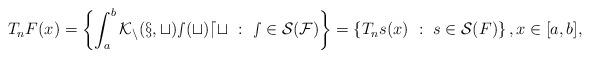
LaTeX: \begin{align*} T_nF (x) = \left \{ \int_{a}^{b} \cal K_n(x,t) s(t) dt \ : \ s \in\mathcal{S}(F) \right\} = \left \{ T_ns (x) \ : \ s \in\mathcal{S}(F) \right \}, x \in [a,b],\end{align*}